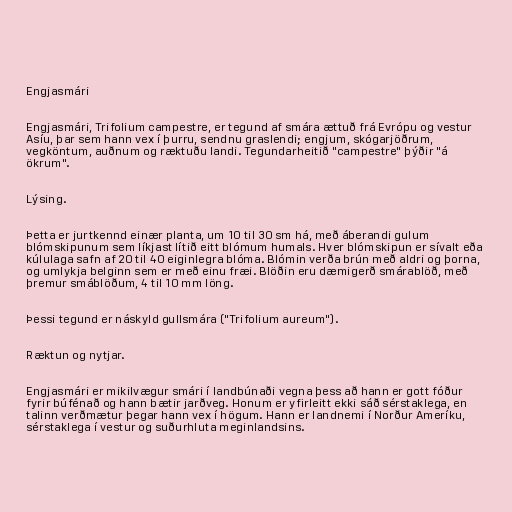
Engjasmári

Engjasmári, Trifolium campestre, er tegund af smára ættuð frá Evrópu og vestur
Asíu, þar sem hann vex í þurru, sendnu graslendi; engjum, skógarjöðrum,
vegköntum, auðnum og ræktuðu landi. Tegundarheitið "campestre" þýðir "á
ökrum".

Lýsing.

Þetta er jurtkennd einær planta, um 10 til 30 sm há, með áberandi gulum
blómskipunum sem líkjast lítið eitt blómum humals. Hver blómskipun er sívalt eða
kúlulaga safn af 20 til 40 eiginlegra blóma. Blómin verða brún með aldri og þorna,
og umlykja belginn sem er með einu fræi. Blöðin eru dæmigerð smárablöð, með
þremur smáblöðum, 4 til 10 mm löng.

Þessi tegund er náskyld gullsmára ("Trifolium aureum").

Ræktun og nytjar.

Engjasmári er mikilvægur smári í landbúnaði vegna þess að hann er gott fóður
fyrir búfénað og hann bætir jarðveg. Honum er yfirleitt ekki sáð sérstaklega, en
talinn verðmætur þegar hann vex í högum. Hann er landnemi í Norður Ameríku,
sérstaklega í vestur og suðurhluta meginlandsins.